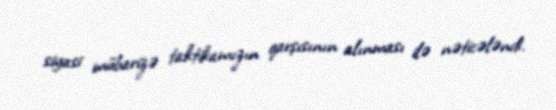
siyasi mübarizə taktikamızın qarşısının alınması ilə nəticələndi.